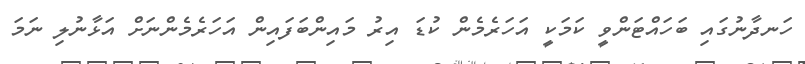
ހަނދާނުގައި ބަހައްޓަންވީ ކަމަކީ އަހަރެމެން ކުޑަ އިރު މައިންބަފައިން އަހަރެމެންނަށް އަޅާނުލި ނަމަ